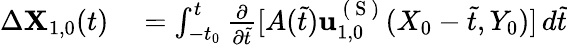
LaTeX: \begin{array}{rl}{\Delta\mathbf{X}_{1,0}(t)}&{{}=\int_{-t_{0}}^{t}\frac{\partial}{\partial\tilde{t}}[A(\tilde{t})\mathbf{u}_{1,0}^{\mathrm{~(~S~)~}}(X_{0}-\tilde{t},Y_{0})]\, d\tilde{t}}\end{array}